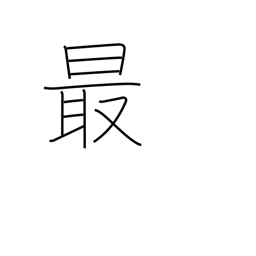
Meaning: most